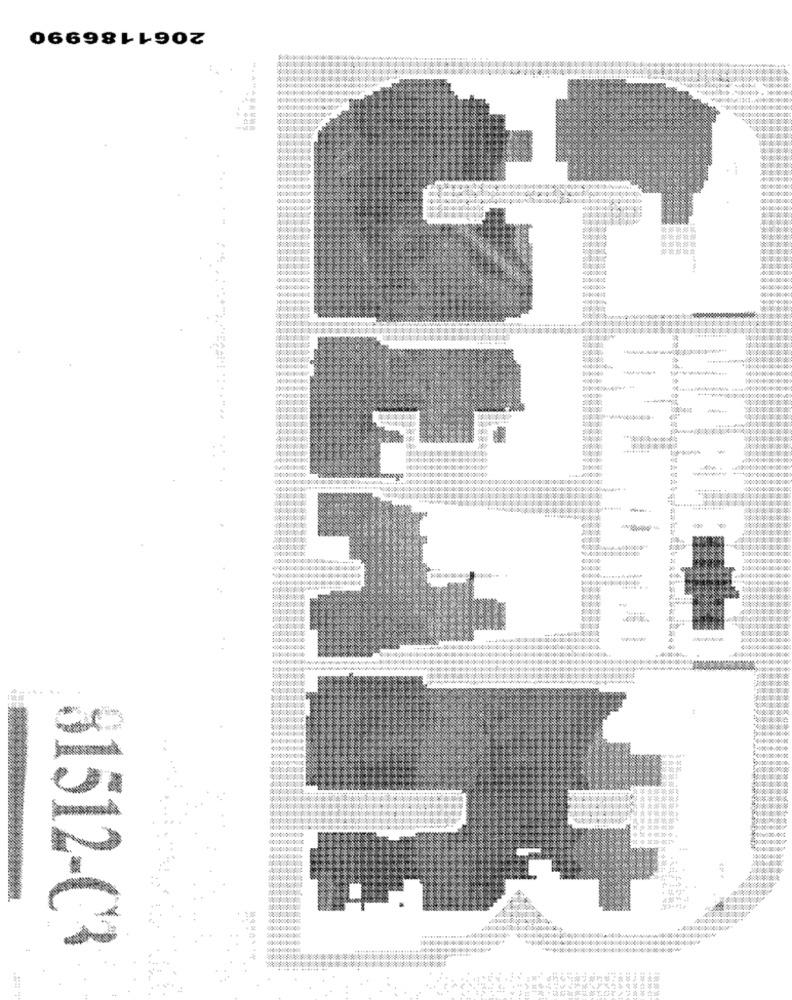
2061186990
000000
WWwww.
10000000000000000000
81512-C3